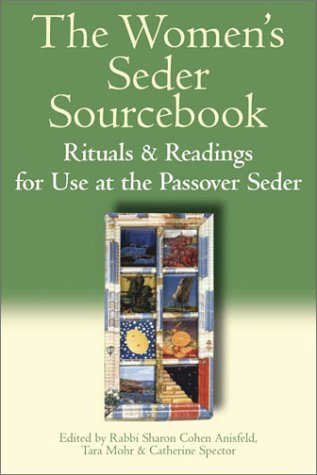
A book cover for The Women's Seder Sourcebook: Rituals and Readings for Use at the Passover Seder; Religion & Spirituality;